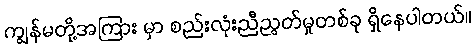
ကျွန်မတို့အကြား မှာ စည်းလုံးညီညွတ်မှုတစ်ခု ရှိနေပါတယ်။